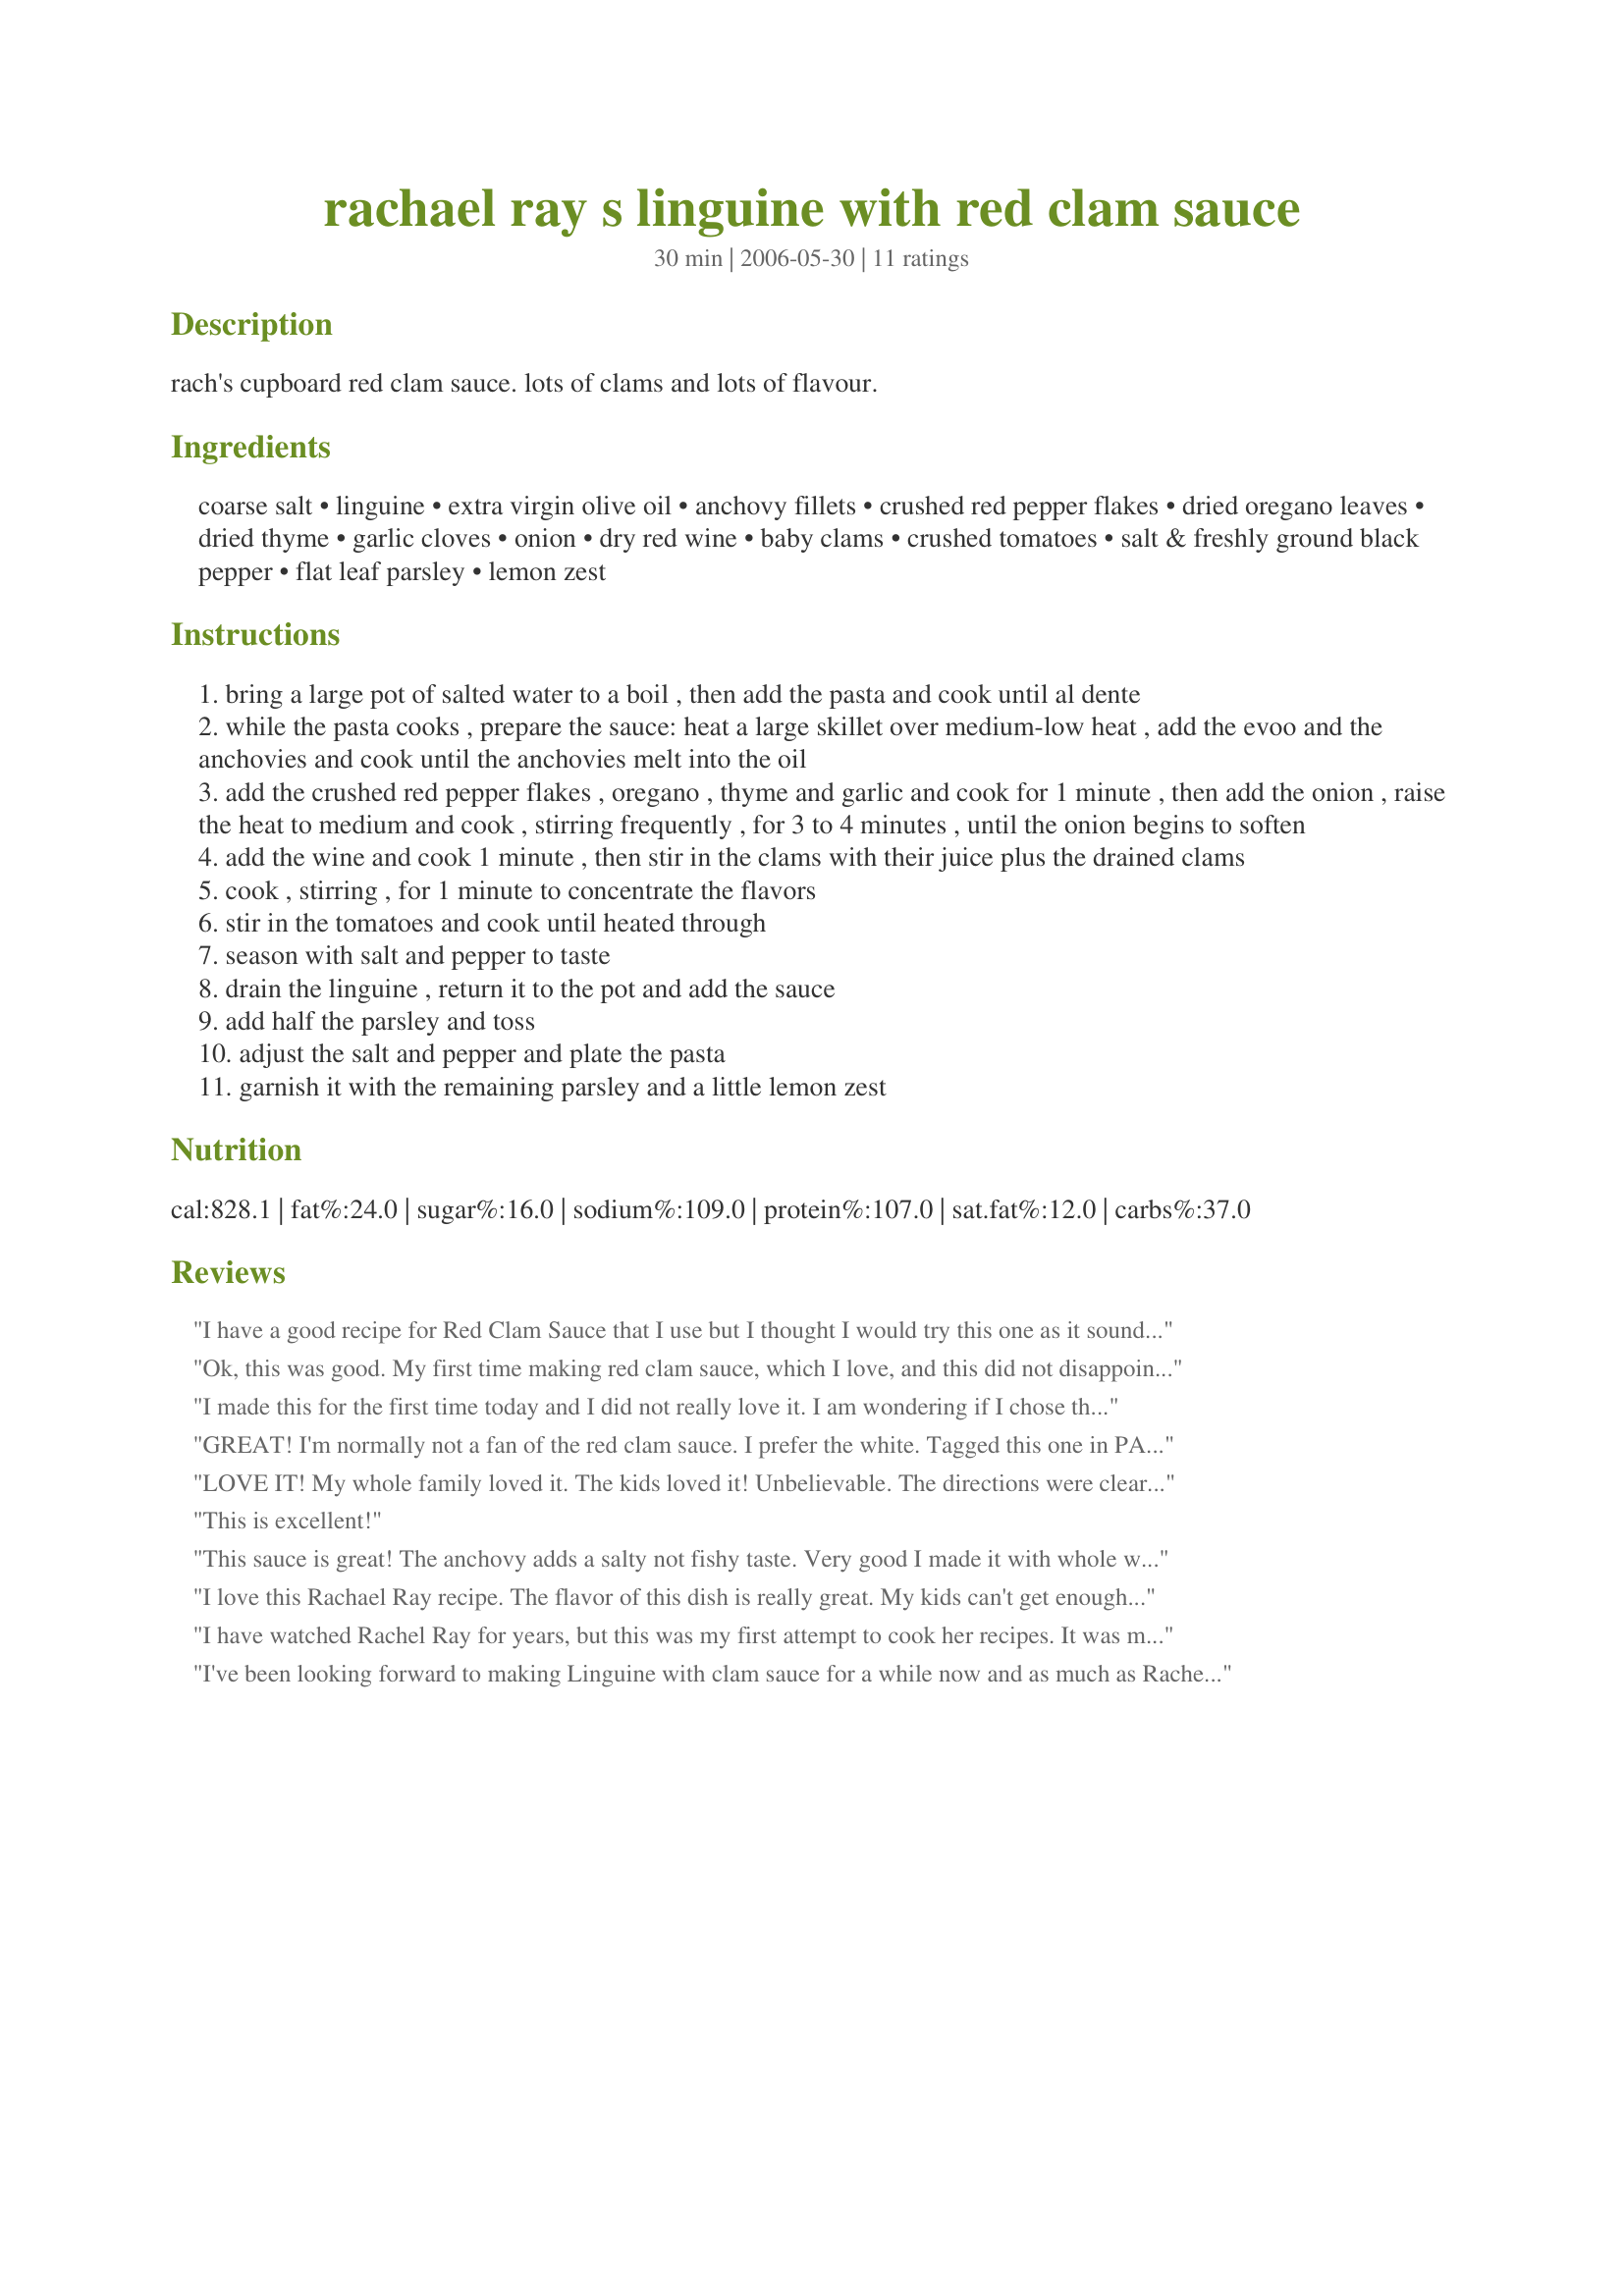
rachael ray s linguine with red clam sauce
Preparation time: 30 minutes

rach's cupboard red clam sauce. lots of clams and lots of flavour.

Ingredients:
coarse salt, linguine, extra virgin olive oil, anchovy fillets, crushed red pepper flakes, dried oregano leaves, dried thyme, garlic cloves, onion, dry red wine, baby clams, crushed tomatoes, salt & freshly ground black pepper, flat leaf parsley, lemon zest

Steps:
bring a large pot of salted water to a boil , then add the pasta and cook until al dente
while the pasta cooks , prepare the sauce: heat a large skillet over medium-low heat , add the evoo and the anchovies and cook until the anchovies melt into the oil
add the crushed red pepper flakes , oregano , thyme and garlic and cook for 1 minute , then add the onion , raise the heat to medium and cook , stirring frequently , for 3 to 4 minutes , until the onion begins to soften
add the wine and cook 1 minute , then stir in the clams with their juice plus the drained clams
cook , stirring , for 1 minute to concentrate the flavors
stir in the tomatoes and cook until heated through
season with salt and pepper to taste
drain the linguine , return it to the pot and add the sauce
add half the parsley and toss
adjust the salt and pepper and plate the pasta
garnish it with the remaining parsley and a little lemon zest

Reviews:
I have a good recipe for Red Clam Sauce that I use but I thought I would try this one as it sounded richer with the crushed tomatoes and wine. It was fabulous...I cut down on the red pepper flakes and we do not like hot food, and forgot the lemon zest but it did not need it...I did add all the clam sauce in and let it cook down and at the last minute added the clams so they would not get overcooked...great recipe.
Ok, this was good. My first time making red clam sauce, which I love, and this did not disappoint. A did add just one can of diced tomatoes (well drained) and also left out the anchovies (didn't have any). Also served steamed mussels on top. Otherwise, made just as written and it was very very good. Next time I will use just a bit more red pepper for a bit more zip. Lovely, very easy and a great treat. Thanks! ~Messy44
I made this for the first time today and I did not really love it. I am wondering if I chose the wrong kind of wine. I admit I am not an expert on wines and do not drink it very often. I used a cabernet sauvignon red wine and that ended up being way to overpowering to the dish. If I decide to try this again maybe I will use less wine (I used 1/2 cup this time around.)
GREAT! I'm normally not a fan of the red clam sauce. I prefer the white. Tagged this one in PAC Fall 2008 and followed it pretty closely. I was nervous about the anchovy fillets but true to everyone's comments...they just melted right in and added to the complexity of the flavor of the sauce. I used more crushed red pepper and a bit more garlic and wine. Loved the lemon in this! Will definitely make again. A true keeper!
LOVE IT! My whole family loved it. The kids loved it! Unbelievable. The directions were clear and easy to folow. It did not take much time from start to finish. I followed the recipe to a T. Except, I did not add the 3 tablespoon of olive oil. Instead, I drained the olive oil from the can of anchovies and used only that mount. Love the fresh parsley and lemon zest, they definitely perked up the whole dish. Thank you for the wonderful recipe. This is my new favorite red sauce, I will be making this again.
This is excellent!
This sauce is great! The anchovy adds a salty not fishy taste. Very good I made it with whole wheat Fedicinni because we like a thicker noodle. 

Thanks for posting this recipe.
I love this Rachael Ray recipe. The flavor of this dish is really great. My kids can't get enough of it. (I didn't tell them about the anchovy fillets).
I have watched Rachel Ray for years, but this was my first attempt to cook her recipes. It was marvelous. A lovely depth of flavor and spice, this recipe was easy to prepare and, aside from the anchovies, most ingredients were in my pantry. I will definitely do again. It would be great for a dinner party.
I've been looking forward to making Linguine with clam sauce for a while now and as much as Rachel Ray annoys the heck out of me this was a fabulous recipe. I'm not a drinker so I had a difficult time figuring out what kind of wine to use. I was instructed by a store manager to use Cabernet Sauvignon or Merlot... I used the Cabernet (an inexpensive bottle since what was left would just go to waste) and it came out delish! <br/>They didn't have 14oz cans of baby clams in my grocery store so I used 3 10oz cans instead. I added a bit more oregano and about 3/4tsp of sugar to cut down on the acidity in the tomato at the end. I used quite a bit of black pepper and just a few dashes of garlic salt because as the recipe states it was pretty salty as is. I don't like the taste of fresh parsley so I threw in freeze dried parsley to cook with the tomatoes and sprinkled parmesan on top. It was DELISH!
I made about two years ago and I have made it about 20 times since! This is by far my favorite Red Clam Sauce! I even made it with fresh clams ( left over from a family picnic) and got rave reviews!!
